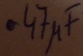
Text: .47µF